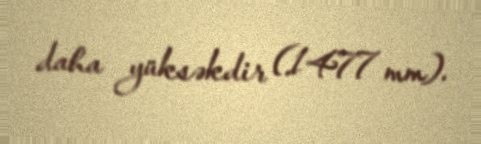
daha yüksəkdir (1477 mm).